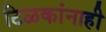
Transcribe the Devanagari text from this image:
टिळकांनाही